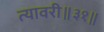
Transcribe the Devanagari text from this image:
त्यावरी॥३१॥